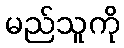
မည်သူကို